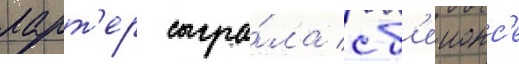
ларт'ер сыгра́ла с б'еионс'е